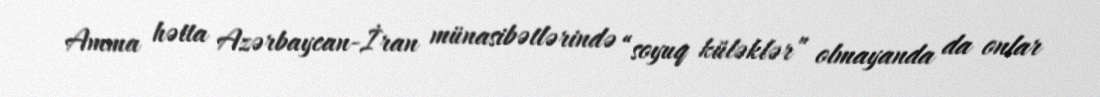
Amma hətta Azərbaycan-İran münasibətlərində “soyuq küləklər” olmayanda da onlar